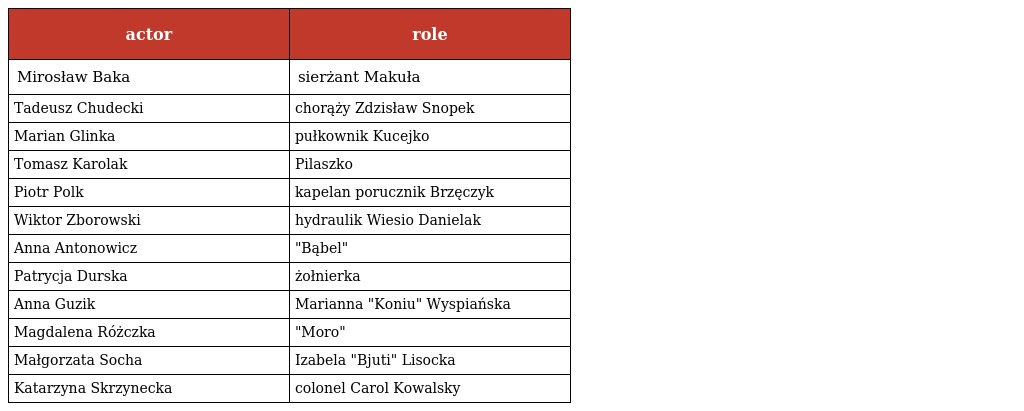
| actor | role |
 | --- | --- |
 | Mirosław Baka | sierżant Makuła |
 | Tadeusz Chudecki | chorąży Zdzisław Snopek |
 | Marian Glinka | pułkownik Kucejko |
 | Tomasz Karolak | Pilaszko |
 | Piotr Polk | kapelan porucznik Brzęczyk |
 | Wiktor Zborowski | hydraulik Wiesio Danielak |
 | Anna Antonowicz | "Bąbel" |
 | Patrycja Durska | żołnierka |
 | Anna Guzik | Marianna "Koniu" Wyspiańska |
 | Magdalena Różczka | "Moro" |
 | Małgorzata Socha | Izabela "Bjuti" Lisocka |
 | Katarzyna Skrzynecka | colonel Carol Kowalsky |